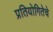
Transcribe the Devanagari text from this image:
प्रतियोगितेचे